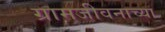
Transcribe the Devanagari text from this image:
ग्रामजीवनाच्या